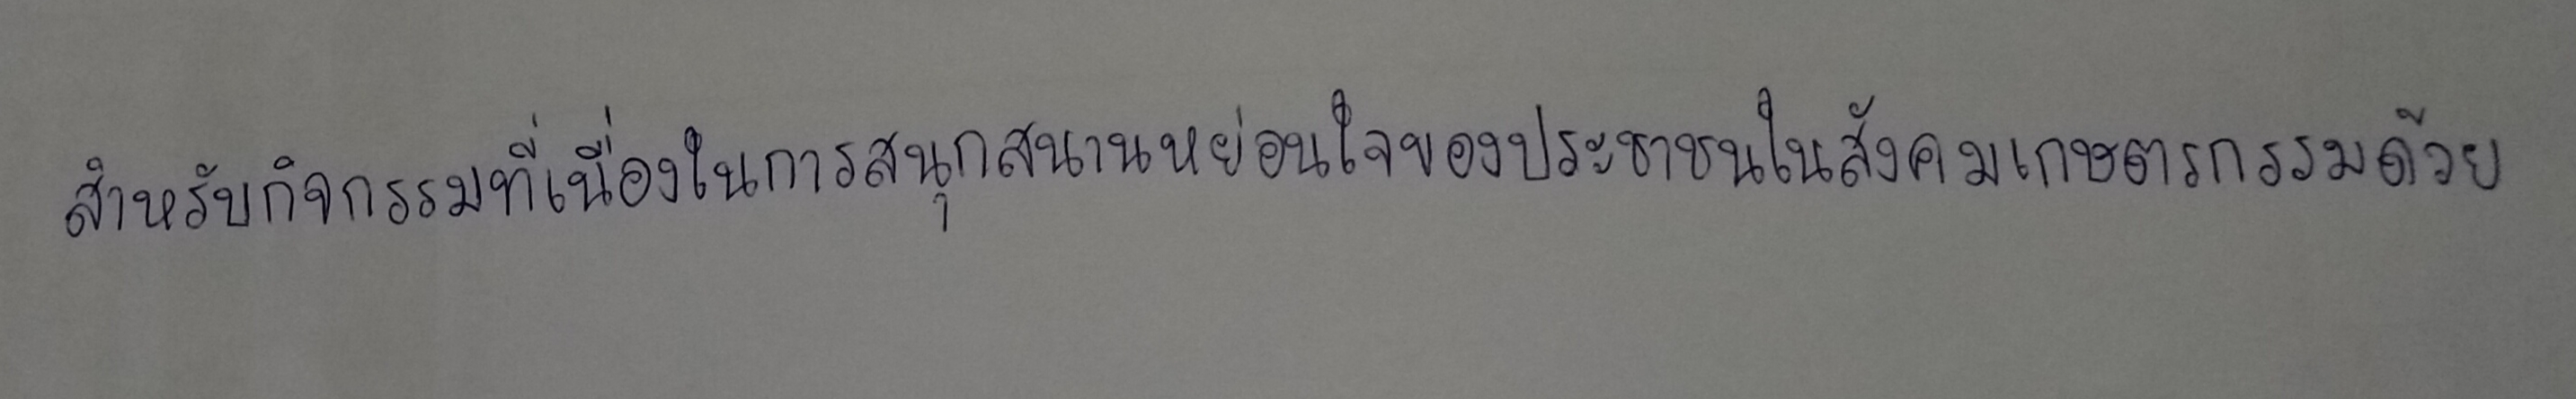
สำหรับกิจกรรมที่เนื่องในการสนุกสนานหย่อนใจของประชาชนในสังคมเกษตรกรรมด้วย